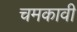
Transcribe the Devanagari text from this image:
चमकावी